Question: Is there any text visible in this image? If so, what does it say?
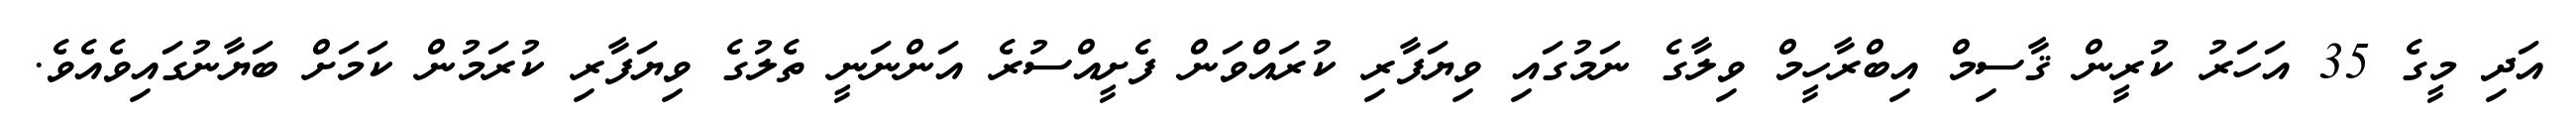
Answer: އަދި މީގެ 35 އަހަރު ކުރީން ޤާސިމް އިބްރާހީމް ވިލާގެ ނަމުގައި ވިޔަފާރި ކުރައްވަން ފެށީއްސުރެ އަންނަނީ ތެލުގެ ވިޔަފާރި ކުރަމުން ކަމަށް ބަޔާނުގައިވެއެވެ.